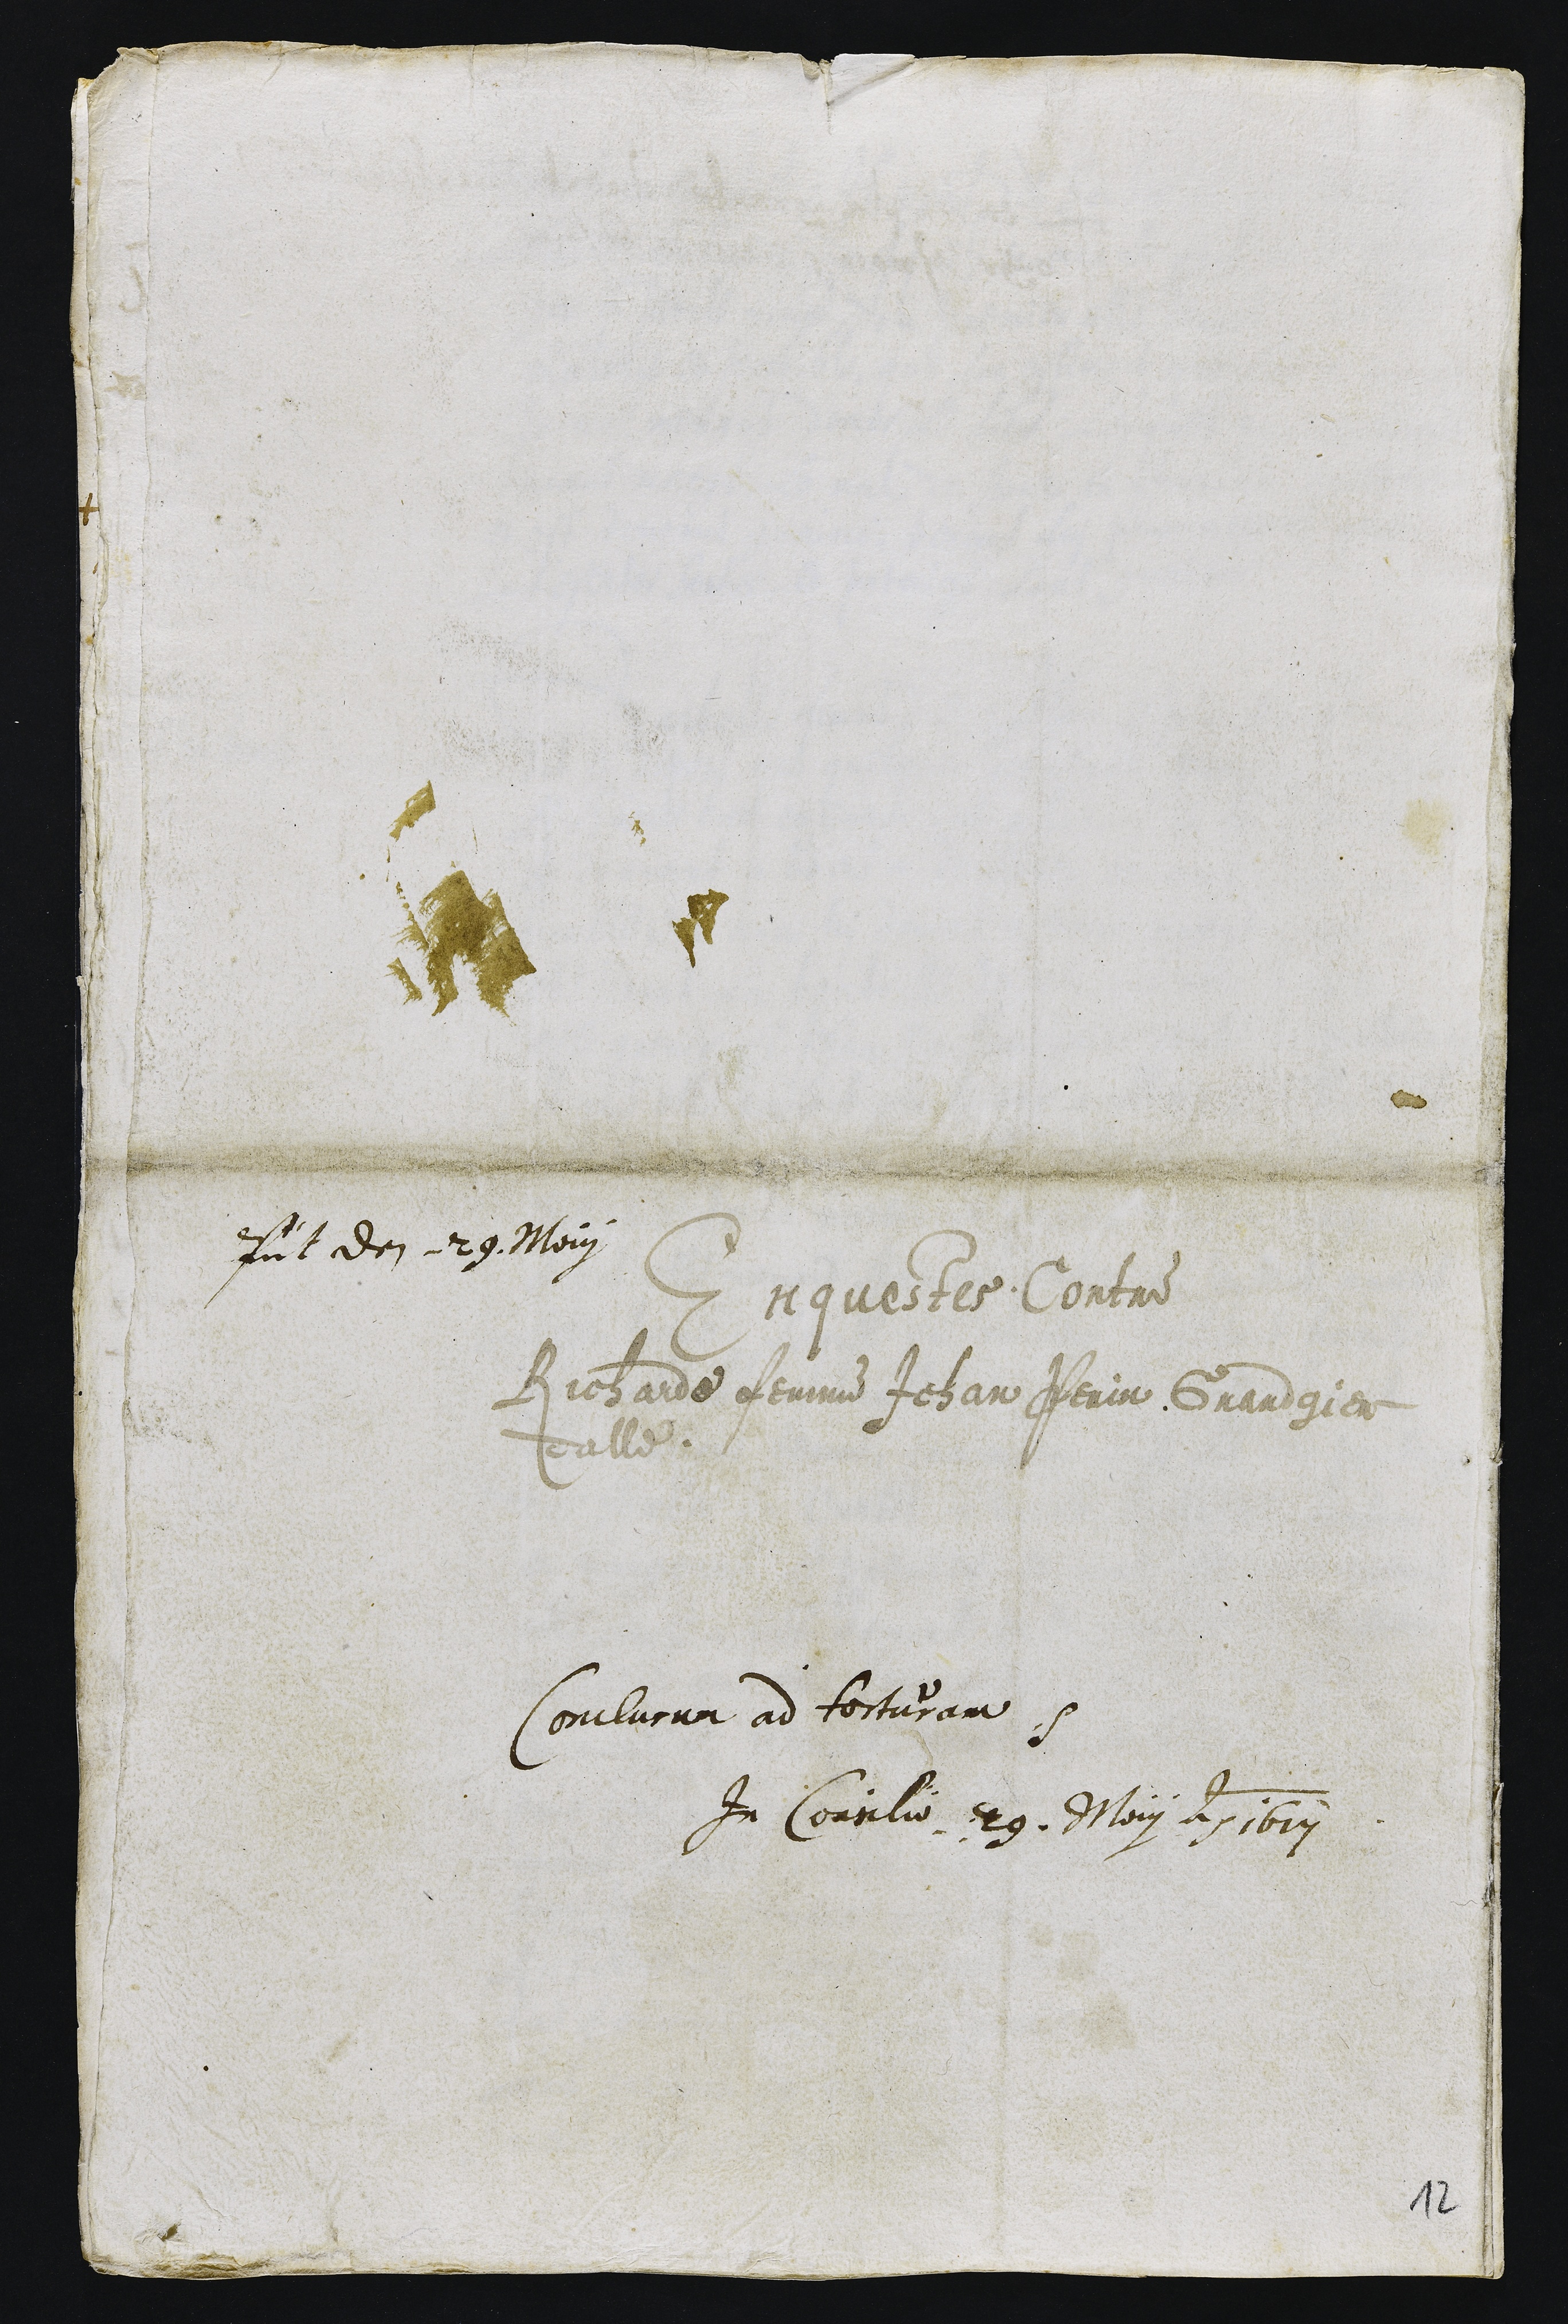
Presentatum den 29. May
Enquestes Contre
Richarde femme Jehan Perin Grandgier
dalle
Conclusum ad torturam
In Consilio 29. May anno 1617